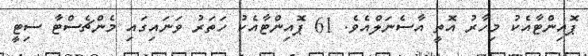
ޕޮއިންޓާއެކު މިހާރު އޮތީ އާސެނަލްއެވެ. 61 ޕޮއިންޓާއެކު ހަތަރު ވަނައިގައި މެންޗެސްޓާ ސިޓީ